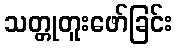
သတ္တုတူးဖော်ခြင်း